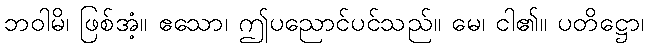
ဘဝါမိ၊ ဖြစ်အံ့။ ဧသော၊ ဤပညောင်ပင်သည်။ မေ၊ ငါ၏။ ပတိဋ္ဌော၊